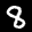
Label: 8